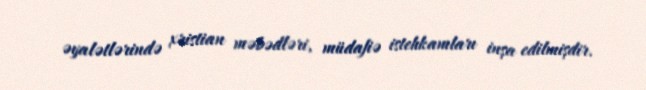
əyalətlərində xristian məbədləri, müdafiə istehkamları inşa edilmişdir.